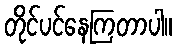
တိုင်ပင်နေကြတာပါ။